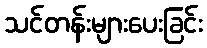
သင်တန်းများပေးခြင်း